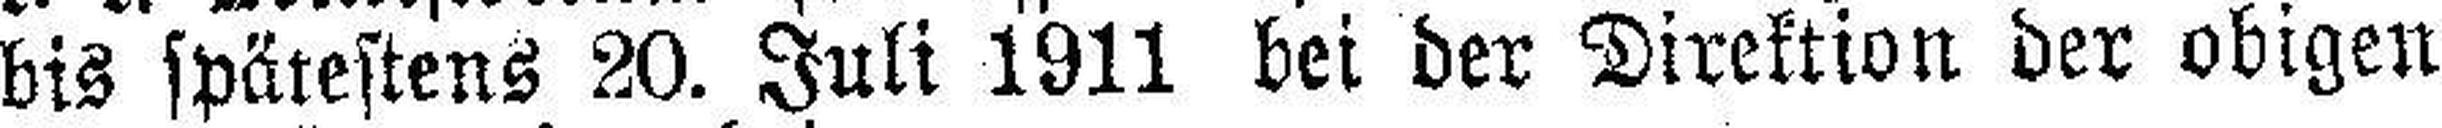
bis spätestens 20. Juli 1911 bei der Direktion der obigen